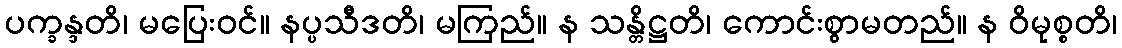
ပက္ခန္ဒတိ၊ မပြေးဝင်။ နပ္ပသီဒတိ၊ မကြည်။ န သန္တိဋ္ဌတိ၊ ကောင်းစွာမတည်။ န ဝိမုစ္စတိ၊